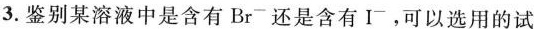
3.鉴别某溶液中是含有Br-还是含有I-,可以选用的试